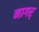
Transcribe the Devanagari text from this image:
नागर्